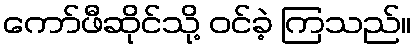
ကော်ဖီဆိုင်သို့ ဝင်ခဲ့ ကြသည်။